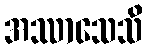
အဿာသေသိ